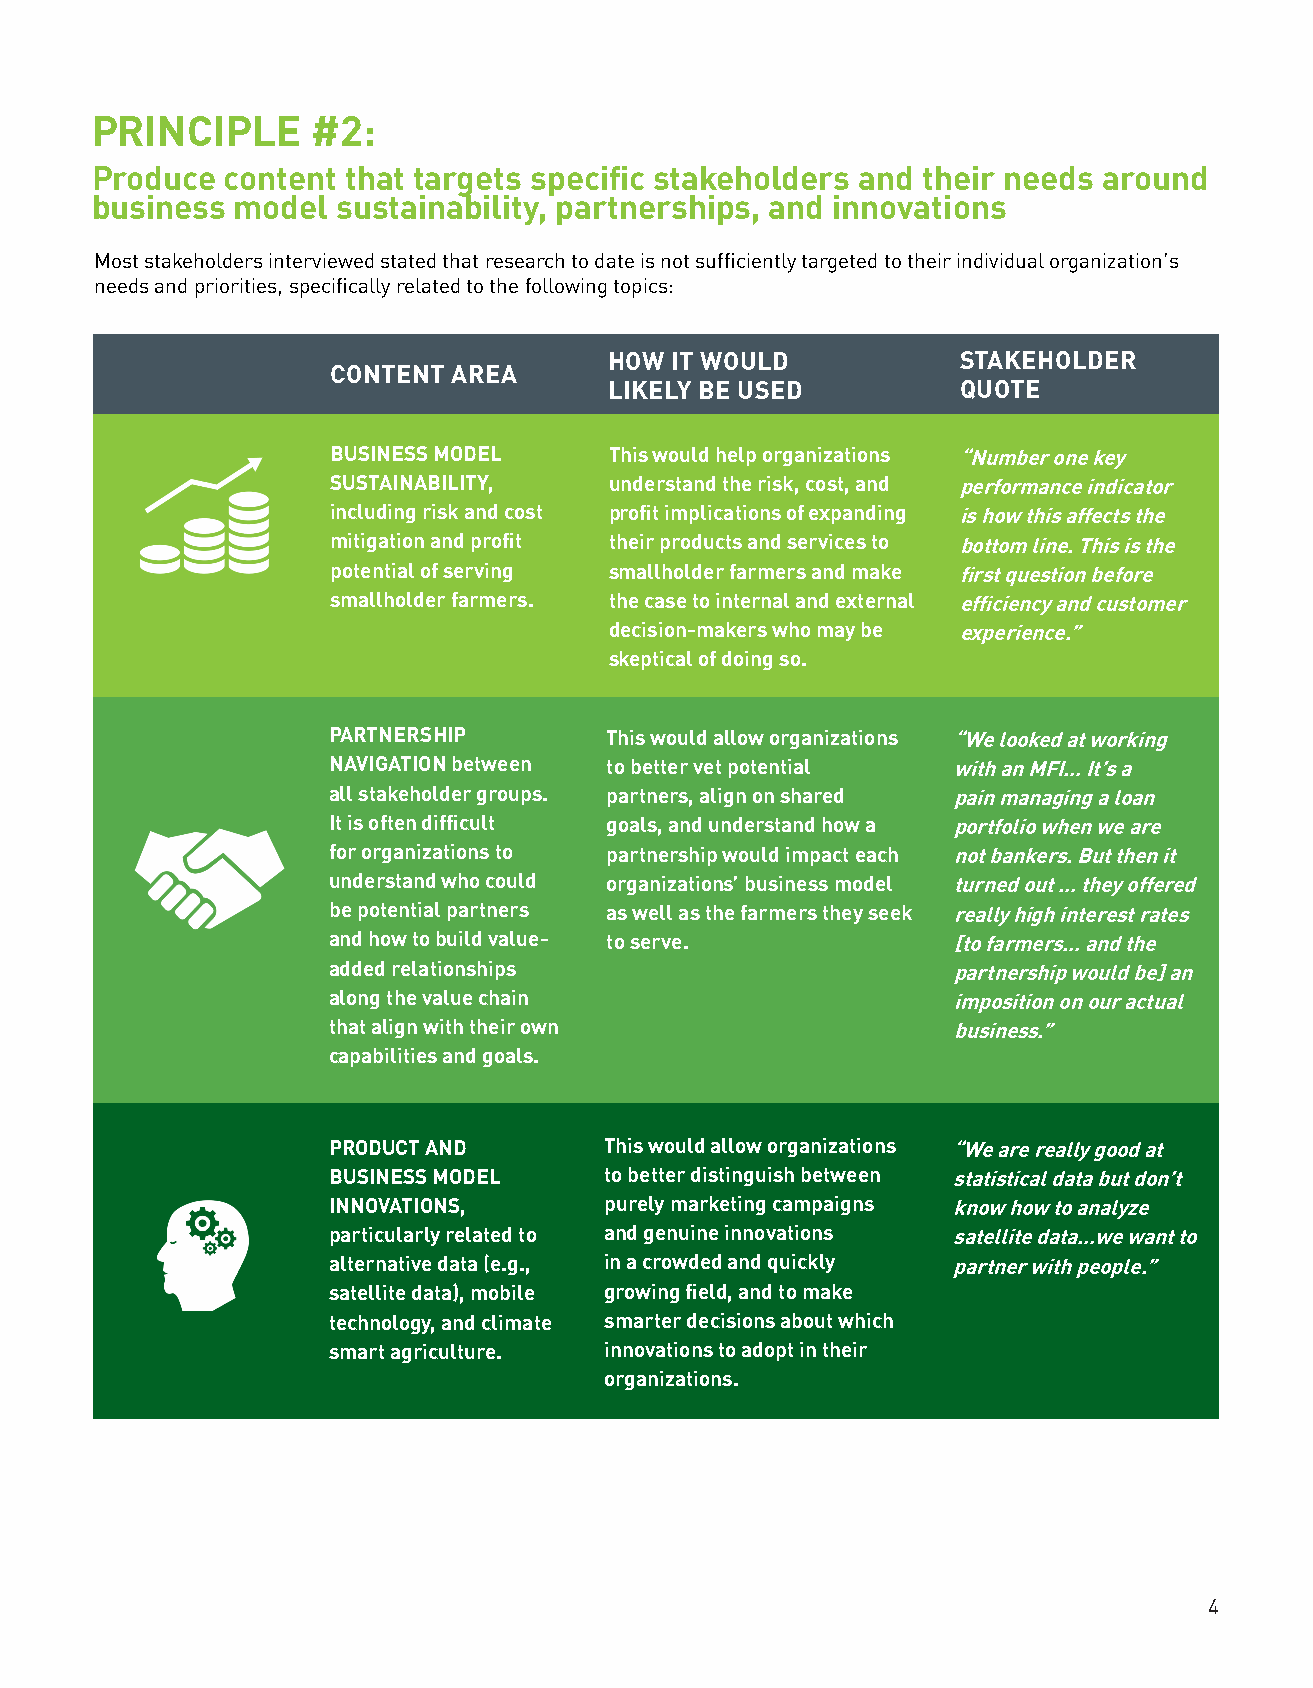
PRINCIPLE      #2:
 Produce  content that targets specific stakeholders and their needs around
 business model  sustainability, partnerships, and innovations
 Most stakeholders interviewed stated that research to date is not sufficiently targeted to their individual organization’s
 needs and priorities, specifically related to the following topics:
 HOW IT WOULD            STAKEHOLDER
 CONTENT AREA
 LIKELY BE USED          QUOTE
 BUSINESS MODEL    This would help organizations “Number one key
 SUSTAINABILITY,   understand the risk, cost, and performance indicator
 including risk and cost profit implications of expanding is how this affects the
 mitigation and profit their products and services to bottom line. This is the
 potential of serving smallholder farmers and make first question before
 smallholder farmers. the case to internal and external efficiency and customer
 decision-makers who may be experience.”
 skeptical of doing so.
 PARTNERSHIP       This would allow organizations “We looked at working
 NAVIGATION between to better vet potential with an MFI… It’s a
 all stakeholder groups. partners, align on shared pain managing a loan
 It is often difficult goals, and understand how a portfolio when we are
 for organizations to partnership would impact each not bankers. But then it
 understand who could organizations’ business model turned out … they offered
 be potential partners as well as the farmers they seek really high interest rates
 and how to build value- to serve.        [to farmers… and the
 added relationships                      partnership would be] an
 along the value chain                    imposition on our actual
 that align with their own                business.”
 capabilities and goals.
 PRODUCT AND       This would allow organizations “We are really good at
 BUSINESS MODEL    to better distinguish between statistical data but don’t
 INNOVATIONS,      purely marketing campaigns know how to analyze
 particularly related to and genuine innovations satellite data…we want to
 alternative data (e.g., in a crowded and quickly partner with people.”
 satellite data), mobile growing field, and to make
 technology, and climate smarter decisions about which
 smart agriculture. innovations to adopt in their
 organizations.
 4